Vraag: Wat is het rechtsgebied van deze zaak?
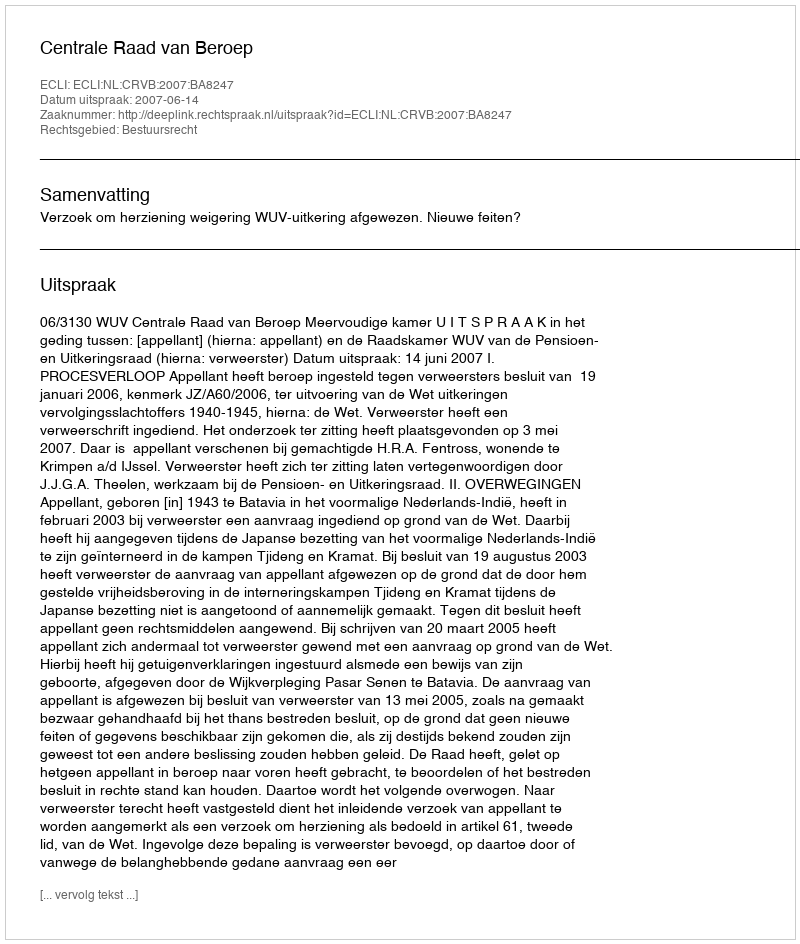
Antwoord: Bestuursrecht